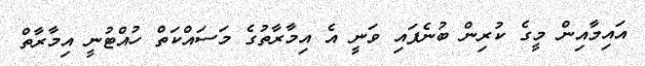
އައިމާއިން މީގެ ކުރިން ބުނެފައި ވަނީ އެ އިމާރާތުގެ މަސައްކަތް ހުއްޓުނީ އިމާރާތް